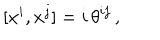
LaTeX: [ x ^ { i } , x ^ { j } ] = i \, \theta ^ { i j } \, ,